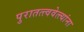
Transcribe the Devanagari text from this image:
पुरातत्त्ववेत्त्यांना